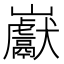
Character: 巚